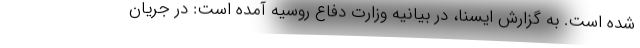
شده است. به گزارش ایسنا، در بیانیه وزارت دفاع روسیه آمده است: در جریان